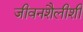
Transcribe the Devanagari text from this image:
जीवनशैलीशी